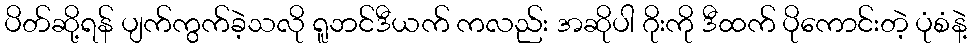
ပိတ်ဆို့ရန် ပျက်ကွက်ခဲ့သလို ရူဘင်ဒီယက် ကလည်း အဆိုပါ ဂိုးကို ဒီထက် ပိုကောင်းတဲ့ ပုံစံနဲ့